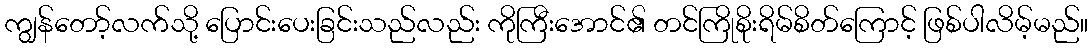
ကျွန်တော့်လက်သို့ ပြောင်းပေးခြင်းသည်လည်း ကိုကြီးအောင်၏ တင်ကြိုစိုးရိမ်စိတ်ကြောင့် ဖြစ်ပါလိမ့်မည်။